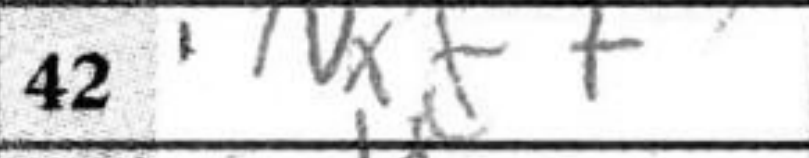
Transcription: Nxf7